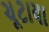
ચૂટાયા